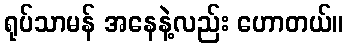
ရုပ်သာမန် အနေနဲ့လည်း ဟောတယ်။